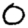
Digit: 0